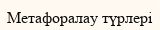
Метафоралау түрлері